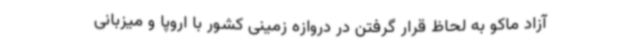
آزاد ماکو به لحاظ قرار گرفتن در دروازه زمینی کشور با اروپا و میزبانی